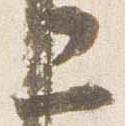
二